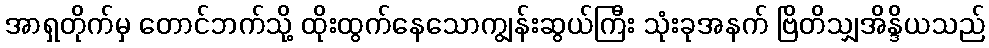
အာရှတိုက်မှ တောင်ဘက်သို့ ထိုးထွက်နေသောကျွန်းဆွယ်ကြီး သုံးခုအနက် ဗြိတိသျှအိန္ဒိယသည်